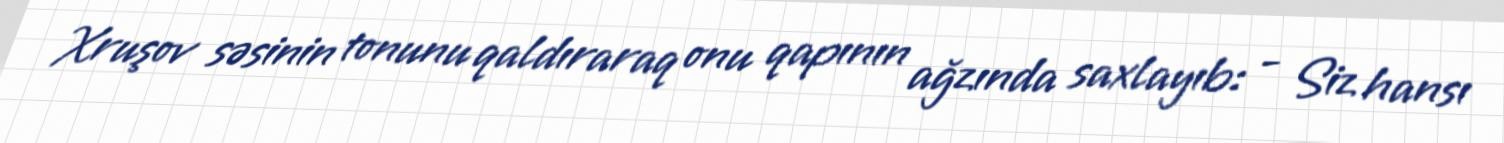
Xruşov səsinin tonunu qaldıraraq onu qapının ağzında saxlayıb: - Siz hansı